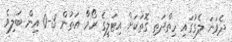
ދެވަނަ ލެގުގައި ހިތްދަތި ގޮތަކަށް އިޓަލީގެ ރޯމާ އަތުން 3-0 އިން ބަލިވެ